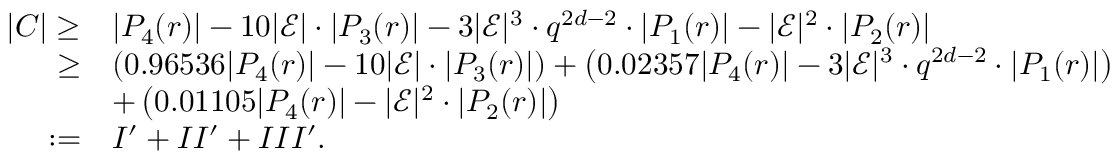
\begin{array} { r l } { | C | \geq } & { | P _ { 4 } ( r ) | - 1 0 | \mathcal { E } | \cdot | P _ { 3 } ( r ) | - 3 | \mathcal { E } | ^ { 3 } \cdot q ^ { 2 d - 2 } \cdot | P _ { 1 } ( r ) | - | \mathcal { E } | ^ { 2 } \cdot | P _ { 2 } ( r ) | } \\ { \geq } & { \left( 0 . 9 6 5 3 6 | P _ { 4 } ( r ) | - 1 0 | \mathcal { E } | \cdot | P _ { 3 } ( r ) | \right) + \left( 0 . 0 2 3 5 7 | P _ { 4 } ( r ) | - 3 | \mathcal { E } | ^ { 3 } \cdot q ^ { 2 d - 2 } \cdot | P _ { 1 } ( r ) | \right) } \\ & { + \left( 0 . 0 1 1 0 5 | P _ { 4 } ( r ) | - | \mathcal { E } | ^ { 2 } \cdot | P _ { 2 } ( r ) | \right) } \\ { : = } & { I ^ { \prime } + I I ^ { \prime } + I I I ^ { \prime } . } \end{array}